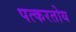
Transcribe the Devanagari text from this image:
पत्करतोय